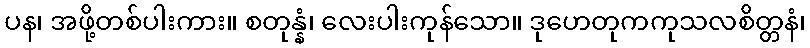
ပန၊ အဖို့တစ်ပါးကား။ စတုန္နံ၊ လေးပါးကုန်သော။ ဒုဟေတုကကုသလစိတ္တနံ၊